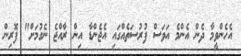
އެހެންވީމާ ދެން އެންމެ އަވަސް ފުރުސަތެއްގައި އެޖެންޑާ އިން ރާއްޖެ ނެގުމަށް" ފޮރިން